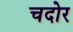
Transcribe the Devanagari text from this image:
चदोर